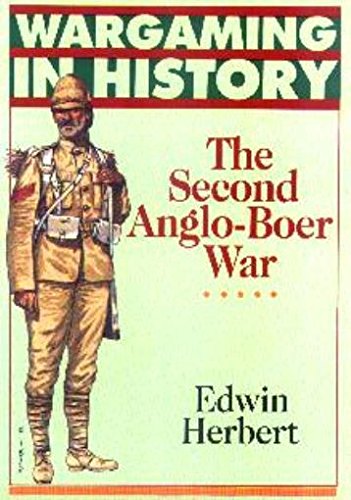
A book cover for The Second Anglo-Boer War (Wargaming in History); Edwin Herbert; Science Fiction & Fantasy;